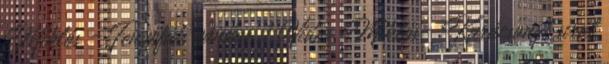
Miklós - Fenyőfák vándor 1 Vidor Miklós- Karácsonyi sirál